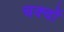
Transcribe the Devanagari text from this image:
चक्वों